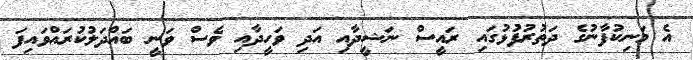
އެ މަނިކުފާނުގެ ދަތުރުފުޅުގައި ރައީސް ނަޝީދާއި އަދި ވަހީދާއި ވެސް ވަނީ ބައްދަލުކުރައްވައިފަ